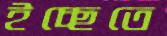
ইচ্ছেতে